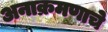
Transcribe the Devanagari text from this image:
अनाक्रमणाचे